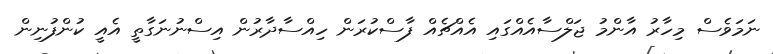
ނަމަވެސް މިހާރު އާންމު ޖަލްސާއެއްގައި އެއްޗެއް ފާސްކުރަން ހިއްސާދާރުން އިސްނުނަގާތީ އެއީ ކުންފުނިން